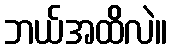
ဘယ်အထိလဲ။